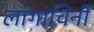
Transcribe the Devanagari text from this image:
लांगाचिनी